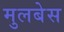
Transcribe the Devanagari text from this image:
मुलबेस